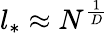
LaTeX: l_{*}\approx N^{\frac{1}{D}}